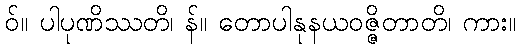
ဝ်။ ပါပုဏိဿတိ၊ န်။ တောပါနုနယဝဇ္ဇိတာတိ၊ ကား။